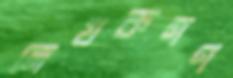
লেখকগণ